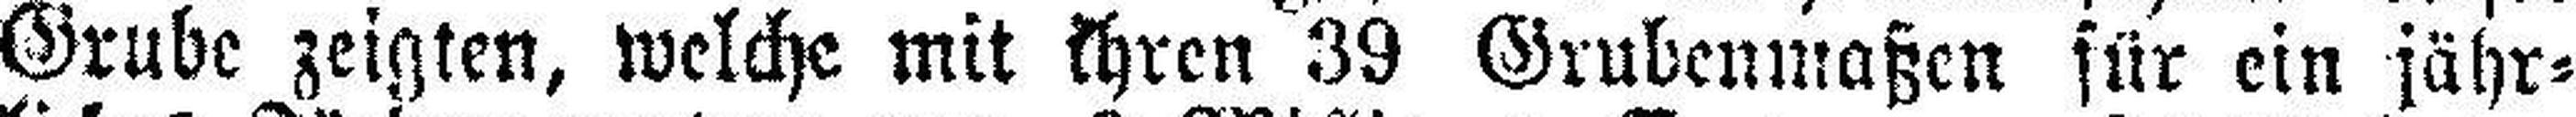
Grube zeigten, welche mit ihren 39 Grubenmaßen für ein jähr¬